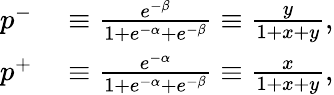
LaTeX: \begin{array}{rl}{p^{-}}&{{}\equiv\frac{e^{-\beta}}{1+e^{-\alpha}+e^{-\beta}}\equiv\frac{y}{1+x+y},}\\ {p^{+}}&{{}\equiv\frac{e^{-\alpha}}{1+e^{-\alpha}+e^{-\beta}}\equiv\frac{x}{1+x+y},}\end{array}